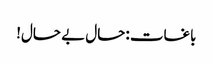
باغات :حال بے حال!